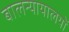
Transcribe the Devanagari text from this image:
बालन्यायालयों